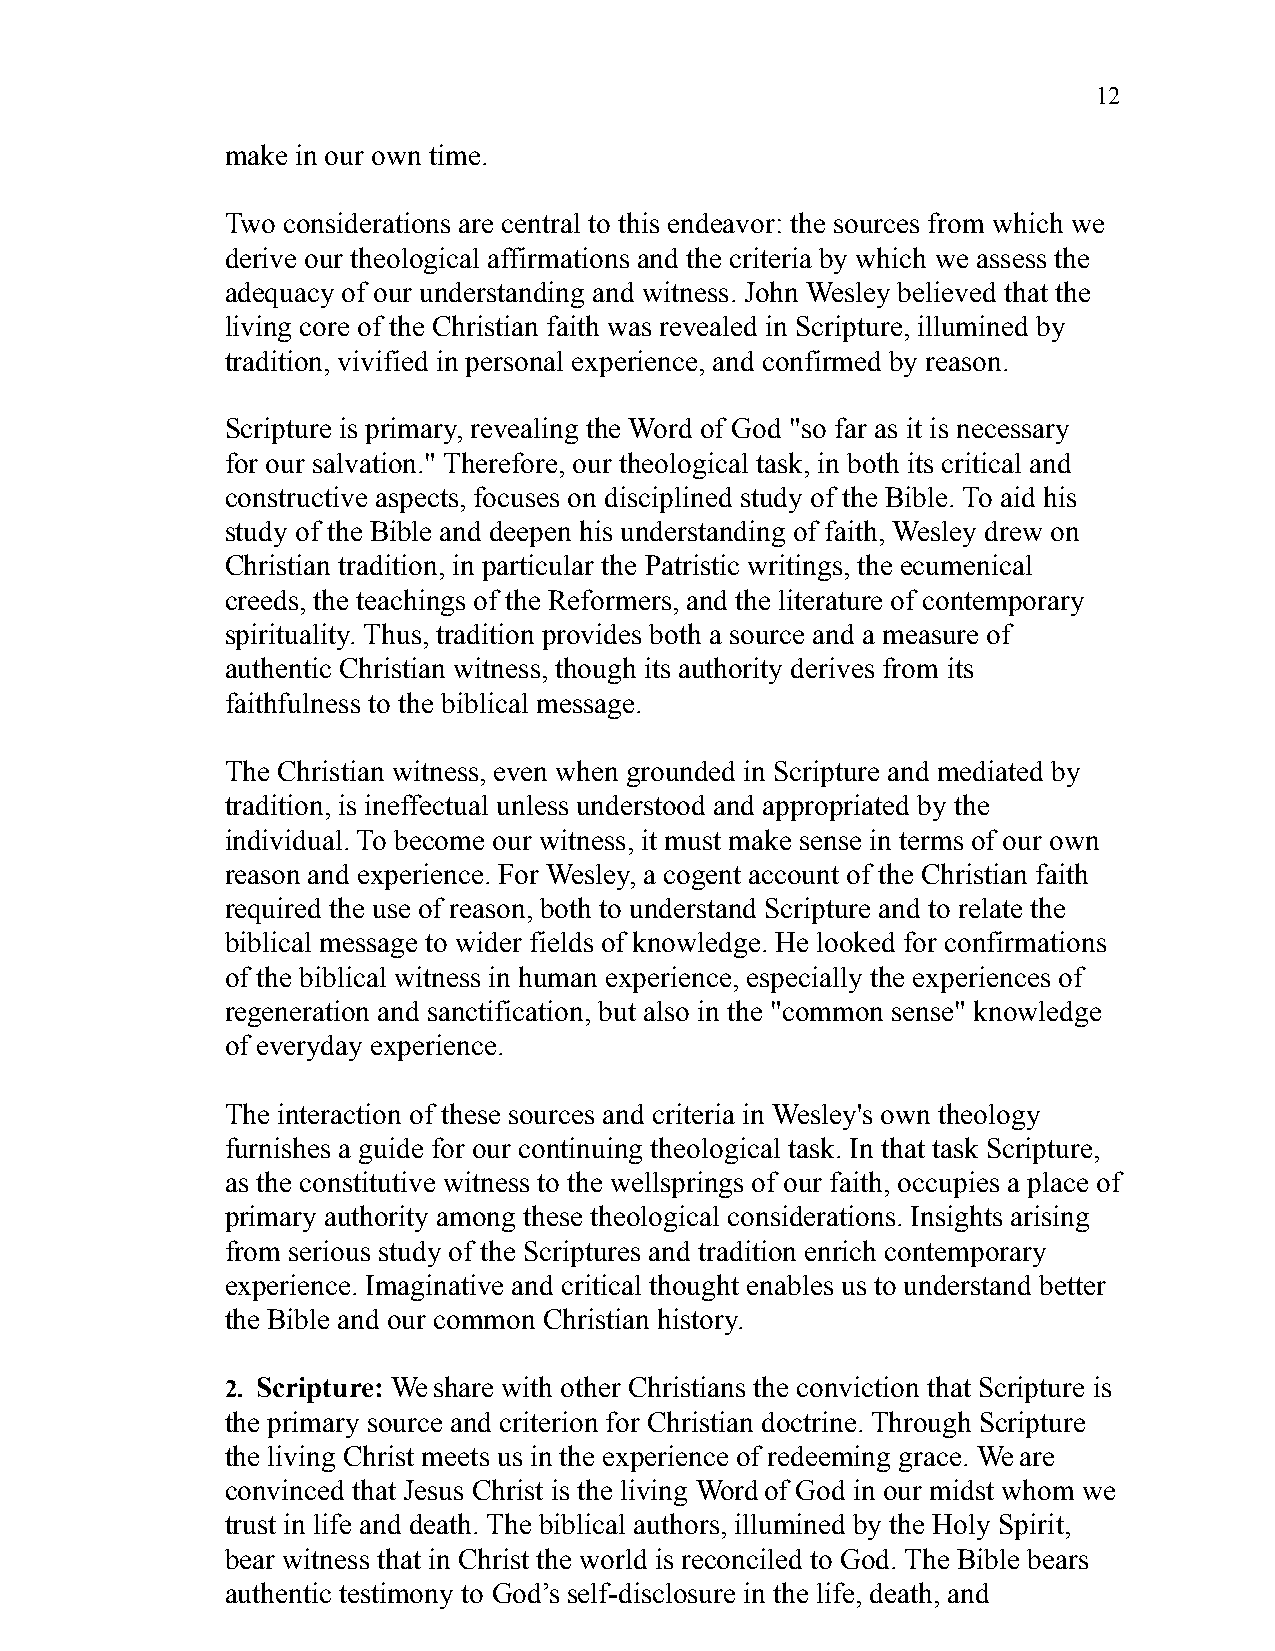
12
 make in our own time.
 Two considerations are central to this endeavor: the sources from which we
 derive our theological affirmations and the criteria by which we assess the
 adequacy of our understanding and witness. John Wesley believed that the
 living core of the Christian faith was revealed in Scripture, illumined by
 tradition, vivified in personal experience, and confirmed by reason.
 Scripture is primary, revealing the Word of God "so far as it is necessary
 for our salvation." Therefore, our theological task, in both its critical and
 constructive aspects, focuses on disciplined study of the Bible. To aid his
 study of the Bible and deepen his understanding of faith, Wesley drew on
 Christian tradition, in particular the Patristic writings, the ecumenical
 creeds, the teachings of the Reformers, and the literature of contemporary
 spirituality. Thus, tradition provides both a source and a measure of
 authentic Christian witness, though its authority derives from its
 faithfulness to the biblical message.
 The Christian witness, even when grounded in Scripture and mediated by
 tradition, is ineffectual unless understood and appropriated by the
 individual. To become our witness, it must make sense in terms of our own
 reason and experience. For Wesley, a cogent account of the Christian faith
 required the use of reason, both to understand Scripture and to relate the
 biblical message to wider fields of knowledge. He looked for confirmations
 of the biblical witness in human experience, especially the experiences of
 regeneration and sanctification, but also in the "common sense" knowledge
 of everyday experience.
 The interaction of these sources and criteria in Wesley's own theology
 furnishes a guide for our continuing theological task. In that task Scripture,
 as the constitutive witness to the wellsprings of our faith, occupies a place of
 primary authority among these theological considerations. Insights arising
 from serious study of the Scriptures and tradition enrich contemporary
 experience. Imaginative and critical thought enables us to understand better
 the Bible and our common Christian history.
 2. Scripture: We share with other Christians the conviction that Scripture is
 the primary source and criterion for Christian doctrine. Through Scripture
 the living Christ meets us in the experience of redeeming grace. We are
 convinced that Jesus Christ is the living Word of God in our midst whom we
 trust in life and death. The biblical authors, illumined by the Holy Spirit,
 bear witness that in Christ the world is reconciled to God. The Bible bears
 authentic testimony to God’s self-disclosure in the life, death, and